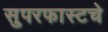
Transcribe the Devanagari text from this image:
सुपरफास्टचे